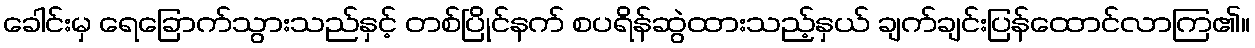
ခေါင်းမှ ရေခြောက်သွားသည်နှင့် တစ်ပြိုင်နက် စပရိန်ဆွဲထားသည့်နှယ် ချက်ချင်းပြန်ထောင်လာကြ၏။